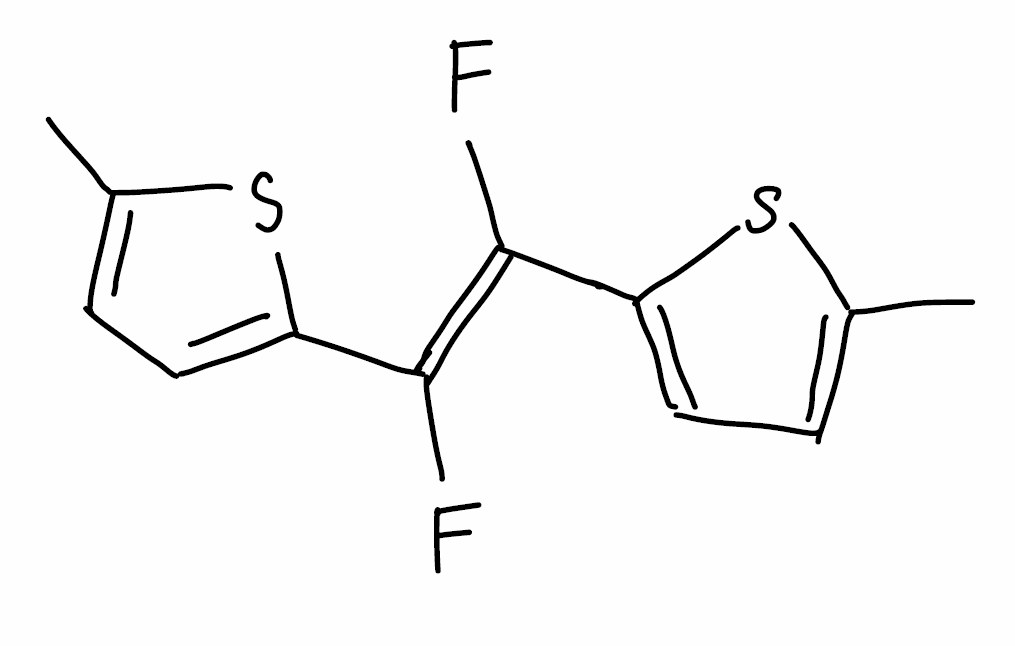
Simplified molecular-input line-entry system (SMILES) notation of the given molecule:
CC1=CC=C(S1)/C(=C(/C2=CC=C(S2)C)\F)/F